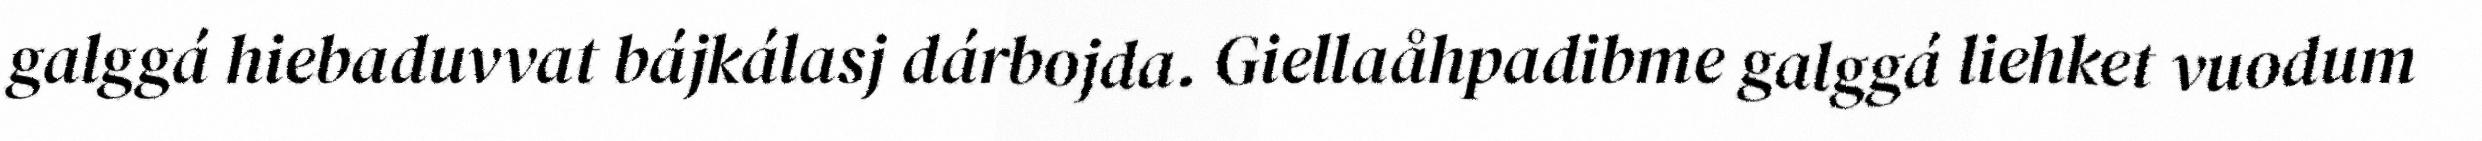
galggá hiebaduvvat bájkálasj dárbojda. Giellaåhpadibme galggá liehket vuodum